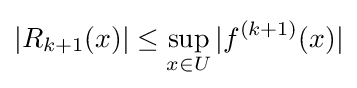
|R_{k+1}(x)|\leq \sup _{x\in U}|f^{(k+1)}(x)|